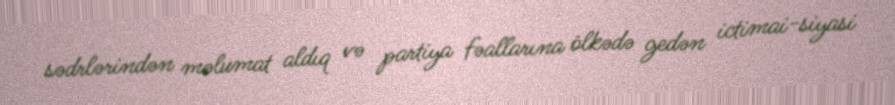
sədrlərindən məlumat aldıq və partiya fəallarına ölkədə gedən ictimai-siyasi